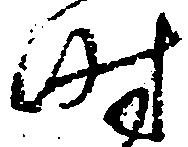
時